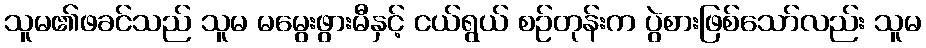
သူမ၏ဖခင်သည် သူမ မမွေးဖွားမီနှင့် ငယ်ရွယ် စဉ်တုန်းက ပွဲစားဖြစ်သော်လည်း သူမ